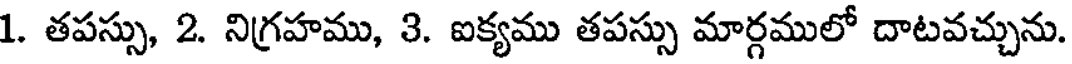
1. తపస్సు, 2. నిగ్రహము, 3. ఐక్యము తపస్సు మార్గములో దాటవచ్చును.